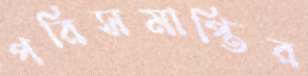
পরিসমাপ্তির